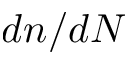
d n / d N